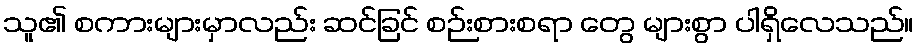
သူ၏ စကားများမှာလည်း ဆင်ခြင် စဉ်းစားစရာ တွေ များစွာ ပါရှိလေသည်။